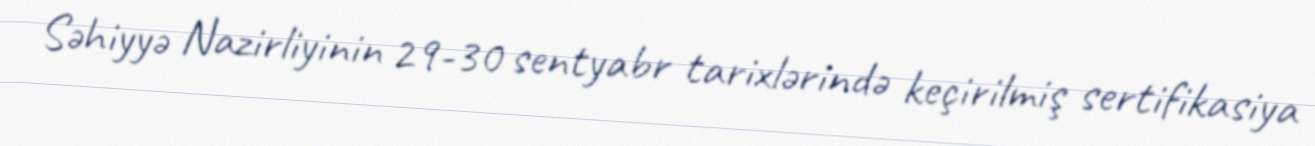
Səhiyyə Nazirliyinin 29-30 sentyabr tarixlərində keçirilmiş sertifikasiya